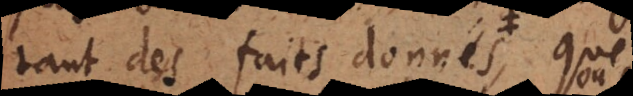
tant des faits donnés, que